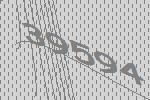
39594